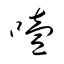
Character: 噎